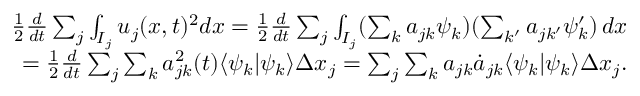
\begin{array} { r } { \frac { 1 } { 2 } \frac { d } { d t } \sum _ { j } \int _ { I _ { j } } u _ { j } ( x , t ) ^ { 2 } d x = \frac { 1 } { 2 } \frac { d } { d t } \sum _ { j } \int _ { I _ { j } } ( \sum _ { k } a _ { j k } \psi _ { k } ) ( \sum _ { k ^ { \prime } } a _ { j k ^ { \prime } } \psi _ { k } ^ { \prime } ) \mathop { d x } } \\ { = \frac { 1 } { 2 } \frac { d } { d t } \sum _ { j } \sum _ { k } a _ { j k } ^ { 2 } ( t ) \langle \psi _ { k } | \psi _ { k } \rangle \Delta x _ { j } = \sum _ { j } \sum _ { k } a _ { j k } \dot { a } _ { j k } \langle \psi _ { k } | \psi _ { k } \rangle \Delta x _ { j } . } \end{array}